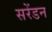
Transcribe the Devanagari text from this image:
सरेंडन